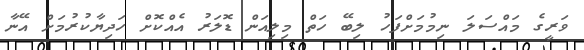
ވަރީގެ މައްސަލަ ނިމުމަށްފަހު ލިބޭ ހަތް މިލިއަން ޑޮލަރު އެއްކޮށް ހަދިޔާކުރުމަށް އޭނާ